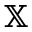
\mathbb { X }